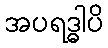
အပရဒ္ဓါပိ